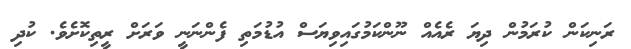
ރަނިކަން ކުރަމުން ދިޔަ ރެއެއް ނޫންކަމުގައިވިޔަސް އުޑުމަތި ފެންނަނީ ވަރަށް ރީތިކޮށެވެ. ކުދި